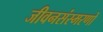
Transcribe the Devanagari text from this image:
जीवनसंस्मरणों